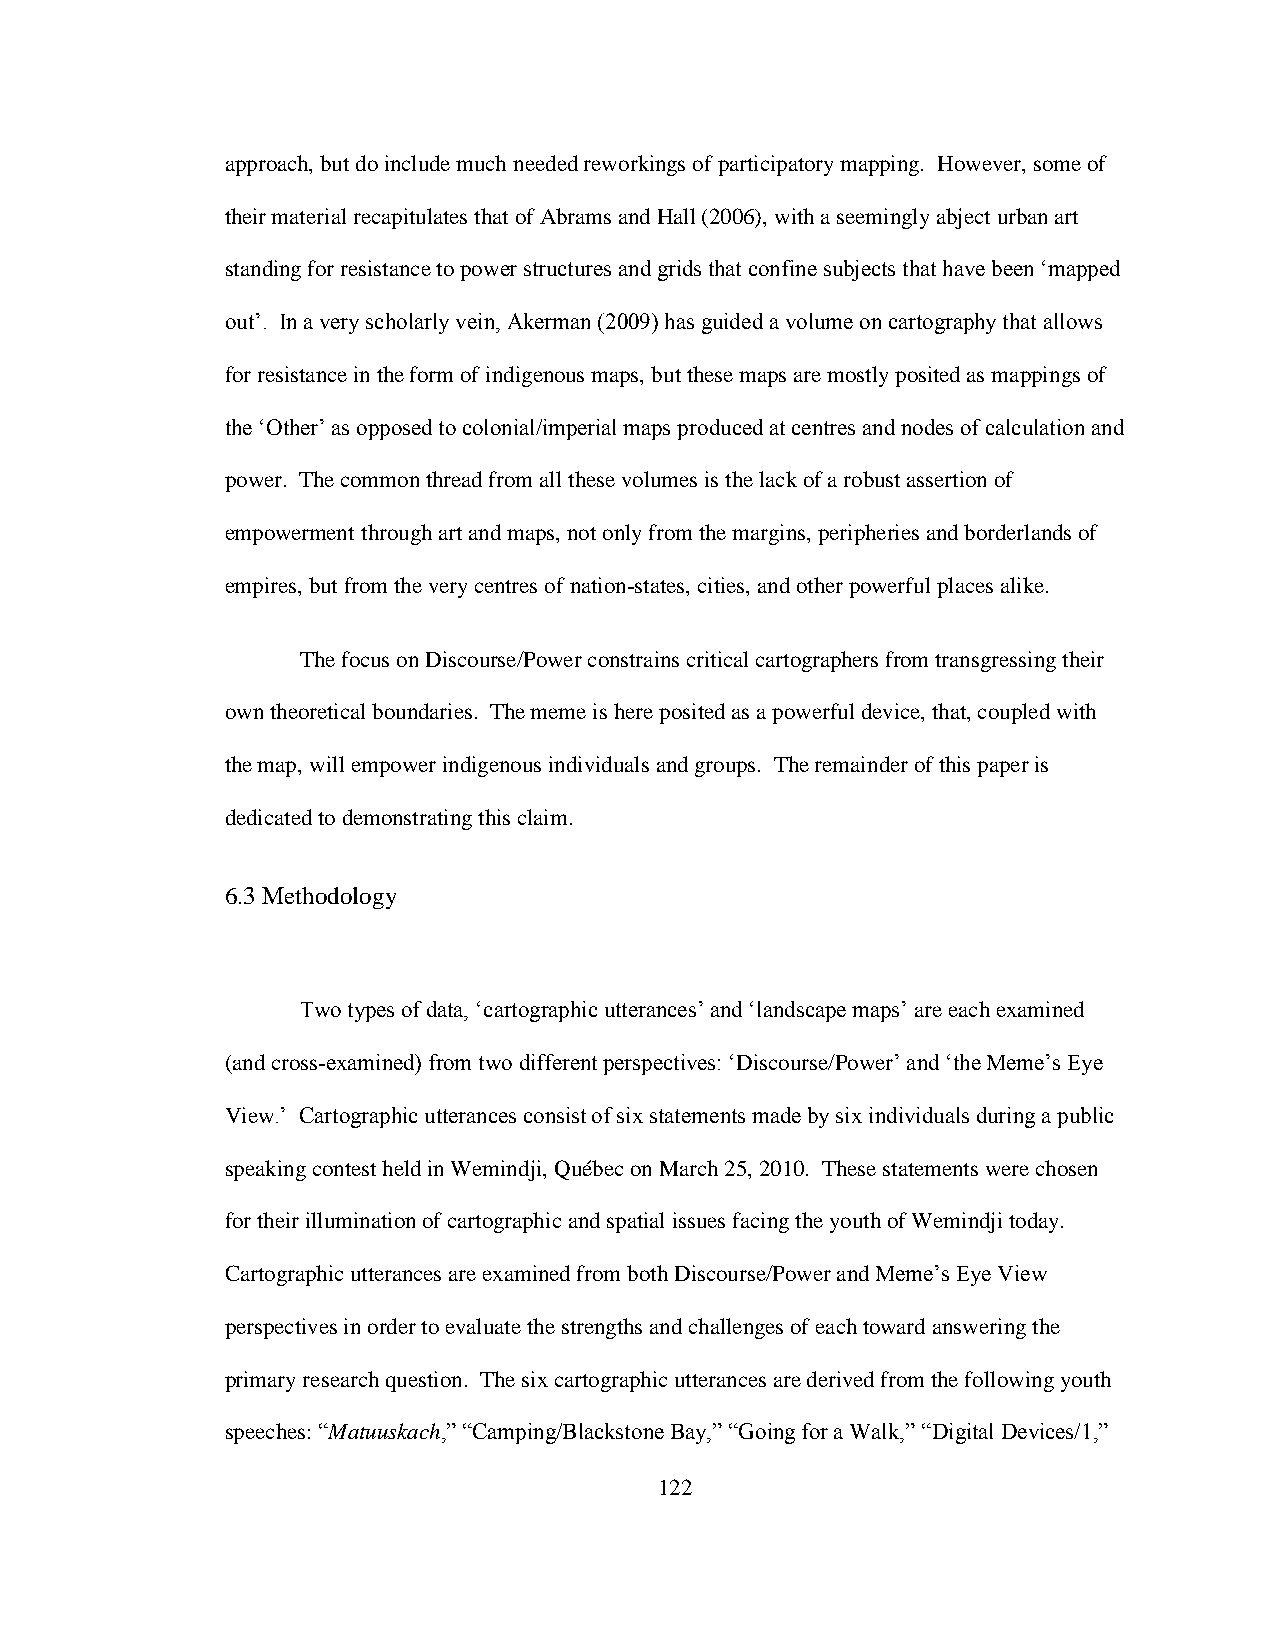
approach, but do include much needed reworkings of participatory mapping. However, some of
 their material recapitulates that of Abrams and Hall (2006), with a seemingly abject urban art
 standing for resistance to power structures and grids that confine subjects that have been „mapped
 out‟. In a very scholarly vein, Akerman (2009) has guided a volume on cartography that allows
 for resistance in the form of indigenous maps, but these maps are mostly posited as mappings of
 the „Other‟ as opposed to colonial/imperial maps produced at centres and nodes of calculation and
 power. The common thread from all these volumes is the lack of a robust assertion of
 empowerment through art and maps, not only from the margins, peripheries and borderlands of
 empires, but from the very centres of nation-states, cities, and other powerful places alike.
 The focus on Discourse/Power constrains critical cartographers from transgressing their
 own theoretical boundaries. The meme is here posited as a powerful device, that, coupled with
 the map, will empower indigenous individuals and groups. The remainder of this paper is
 dedicated to demonstrating this claim.
 6.3 Methodology
 Two types of data, „cartographic utterances‟ and „landscape maps‟ are each examined
 (and cross-examined) from two different perspectives: „Discourse/Power‟ and „the Meme‟s Eye
 View.‟ Cartographic utterances consist of six statements made by six individuals during a public
 speaking contest held in Wemindji, Québec on March 25, 2010. These statements were chosen
 for their illumination of cartographic and spatial issues facing the youth of Wemindji today.
 Cartographic utterances are examined from both Discourse/Power and Meme‟s Eye View
 perspectives in order to evaluate the strengths and challenges of each toward answering the
 primary research question. The six cartographic utterances are derived from the following youth
 speeches: “Matuuskach,” “Camping/Blackstone Bay,” “Going for a Walk,” “Digital Devices/1,”
 122